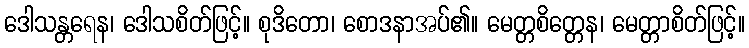
ဒေါသန္တရေန၊ ဒေါသစိတ်ဖြင့်။ စုဒိတော၊ စောဒနာအပ်၏။ မေတ္တစိတ္တေန၊ မေတ္တာစိတ်ဖြင့်။